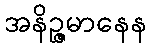
အနိဉ္ဇမာနေန